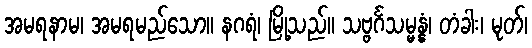
အမရနာမ၊ အမရမည်သော။ နဂရံ၊ မြို့သည်။ သဗ္ဗင်္ဂသမ္မန္နံ၊ တံခါး၊ မုတ်၊